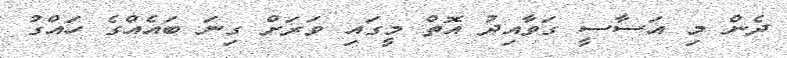
ދެން މި އަސާސީ ގަވާއިދު އޮތް މީގައި ވަރަށް ގިނަ ބައެއްގެ ހައްގު